Rangoon Lunatic Asylum 1878-1892 - 1878-1892
Year: 1878
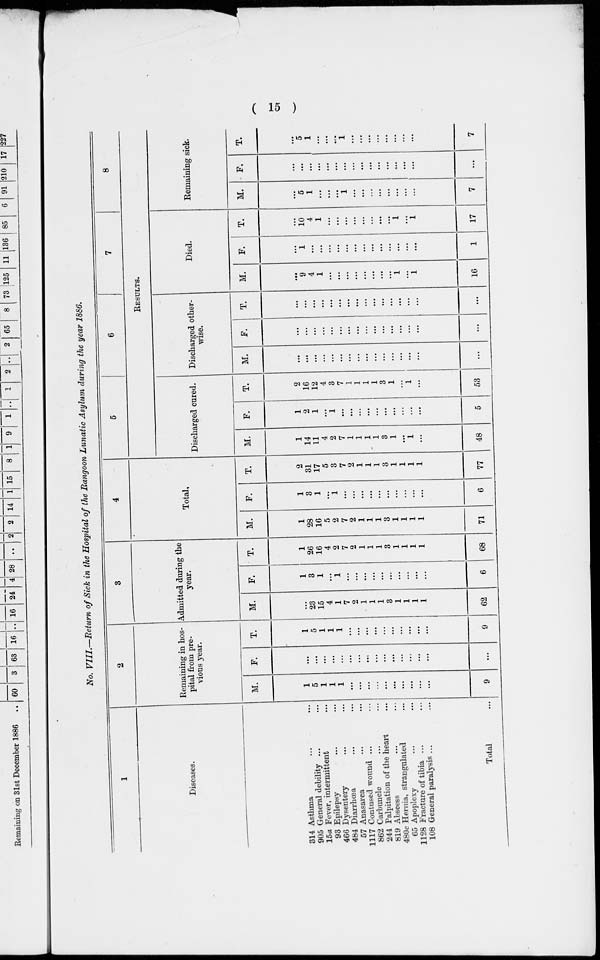
( 15 )
No. VIII.—Return of Sick in the Hospital of the Rangoon Lunatic Asylum during the year 1886.
1
Diseases.
314 Asthma ... ...
905 General debility ... ...
15a Fever, intermittent ...
93 Epilepsy ... ...
466 Dysentery ... ...
484 Diarrhœa ... ...
57 Anasarca ... ...
1117 Contused wound ... ...
862 Carbuncle ... ...
244 Palpitation of the heart ...
819 Abscess ... ...
480c Hernia, strangulated ... ...
65 Apoplexy ... ...
1128 Fracture of tibia ... ...
108 General paralysis ... ...
Total ...
2
Remaining in hos-
pital from pre-
vious year.
M.
1
5
1
1
1
...
...
...
...
...
...
...
...
...
...
9
F.
...
...
...
...
...
...
...
...
...
...
...
...
...
...
...
...
T.
1
5
1
1
1
...
...
...
...
...
...
...
...
...
...
9
3
Admitted during the
year.
M.
...
23
15
4
1
7
2
...
...
...
...
...
...
...
...
62
F.
1
3
1
...
1
...
...
...
...
...
...
...
...
...
...
6
T.
1
26
16
4
2
7
2
...
...
...
...
...
...
...
...
68
4
Total.
M.
1
28
16
5
2
7
2
...
...
...
..
...
...
...
...
71
F.
1
3
1
...
1
...
...
...
...
...
...
...
...
...
...
6
T.
2
31
17
5
3
7
2
...
...
...
...
...
...
...
...
77
5
6
7
8
RESULTS.
Discharged cured.
M.
1
14
11
4
2
7
1
1
1
1
3
1
...
1
...
48
F.
1
2
1
...
1
...
...
...
...
...
...
...
...
...
...
5
T.
2
16
12
4
3
7
1
1
1
1
3
1
...
1
...
53
Discharged other-
wise.
M.
...
...
...
...
...
...
...
...
...
...
...
...
...
...
...
...
F.
...
...
...
...
...
...
...
...
...
...
...
...
...
...
...
...
T.
...
...
...
...
...
...
...
...
...
...
...
...
...
...
...
...
Died.
M.
...
9
4
1
...
...
...
...
...
...
...
...
1
...
1
16
F.
...
1
...
...
...
...
...
...
...
...
...
...
...
...
...
1
T.
...
10
4
1
...
...
...
...
...
...
...
...
1
...
1
17
Remaining sick.
M.
...
5
1
...
...
...
1
...
...
...
...
...
...
...
...
7
F.
...
...
...
...
...
...
...
...
...
...
...
...
...
...
...
...
T.
...
5
1
...
...
...
1
...
...
...
...
...
...
...
...
7